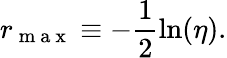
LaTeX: r_{\mathrm{~m~a~x~}}\equiv-\frac{1}{2}\ln(\eta).